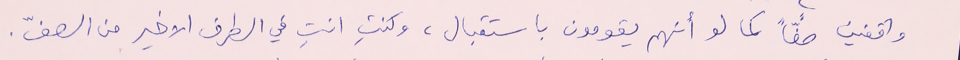
واقفين صفاً كما لو أنهم يقومون باستقبال، وكنتِ انتِ في الطرف الاخير من الصفّ.